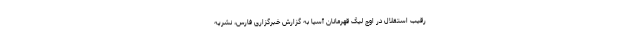
رقیب استقلال در اوج لیگ قهرمانان آسیا به گزارش خبرگزاری فارس، نشریه